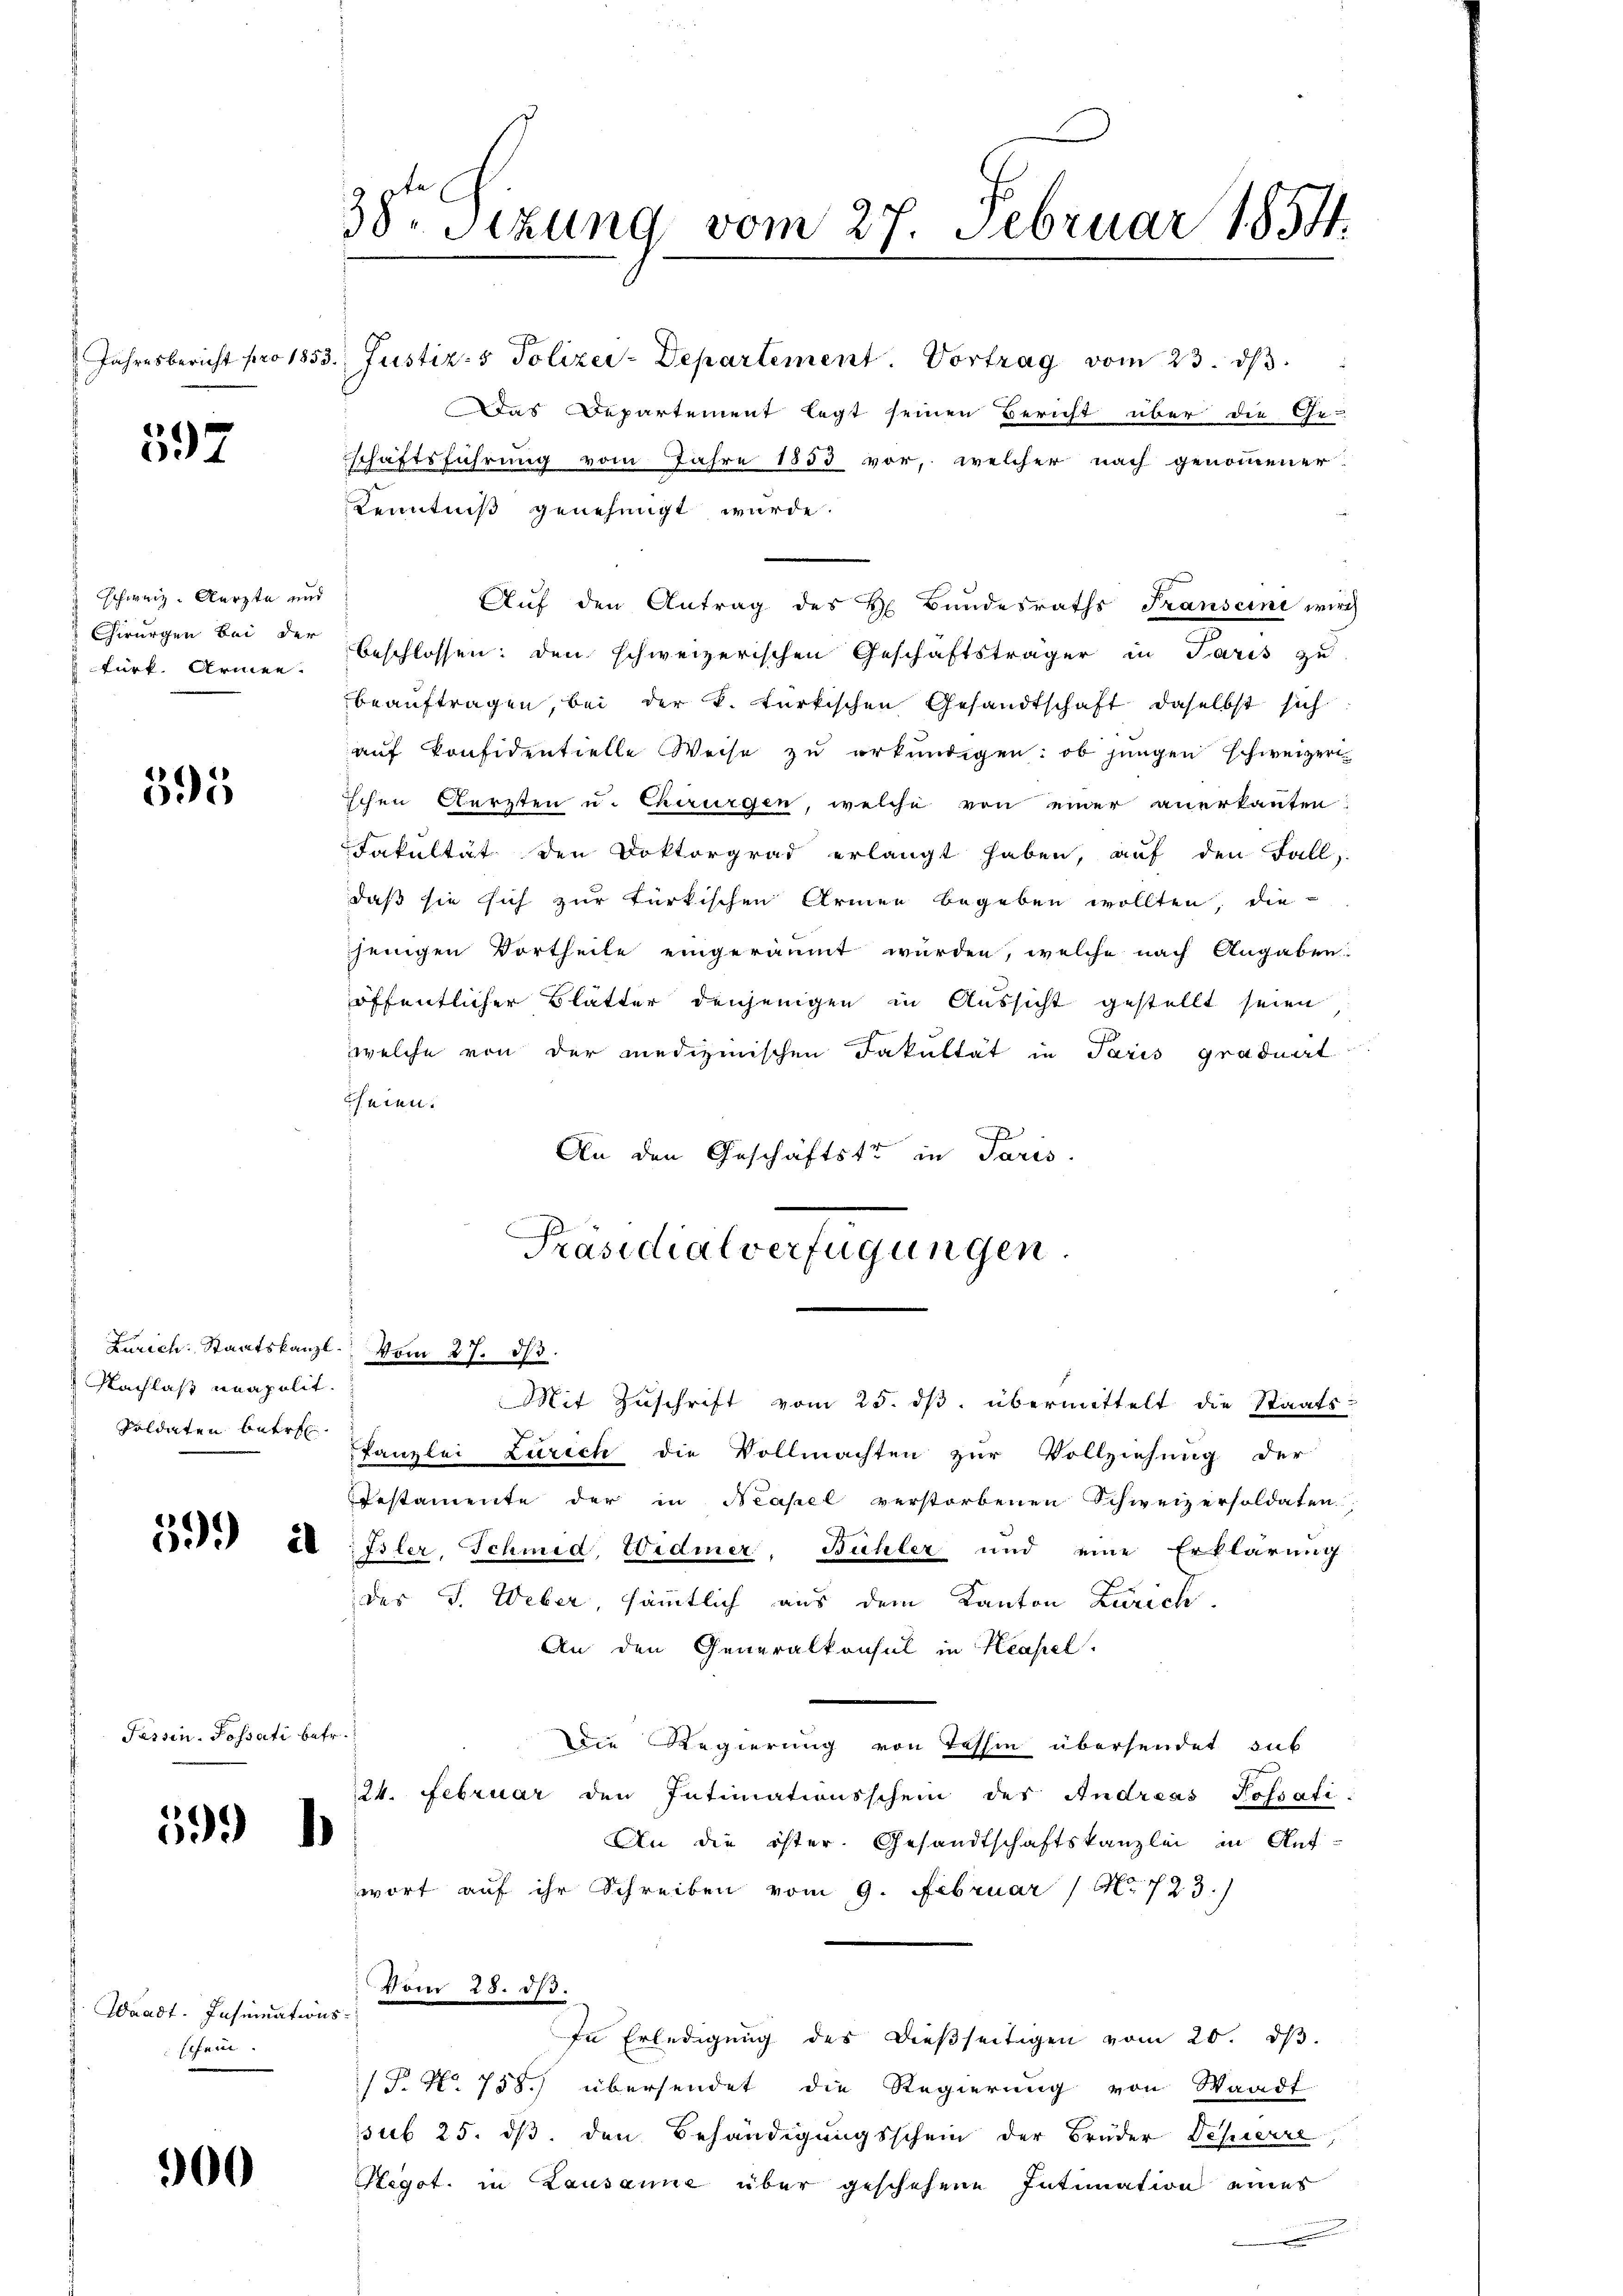
597

Schweiz. Aerzte und
Fürk. Armen.

595

Zürich. Staatskanzl
Nachlaß neapolit.
Soldaten betre

Passen- Passati betr.

599 h

Waadt. Insumations-
schein.

900

38te Sizung vom 27. Februar 1854.

Jahresbericht pro 1853. Justiz- & Polizei-Departement. Vortrag vom 23. dβ.
Das Departement legt seinen Bericht über die Ge-
schaftsführung vom Jahre 1853 vor, welcher nach genommener
Kenntniß genehmigt wurde.
Auf den Antrag des H. Bundesraths Transcini wirch
Chirurgen bei der beschlossen: den schweizerischen Geschäftsträger in Paris zu
beauftragen, bei der k. türkischen Gesandtschaft daselbst sich
auf Konfidentielle Weise zu erkundigen: ob jungen schweizeri
Ichen Aerzten u. Chirurgen, welche von einer anerkannten:
Fakultät den Doktorgrad erlangt haben, auf den Fall,
daß sie sich zur Türkischen Armen begeben wollten, die
jenigen Vortheile eingeräumt wurden, welche nach Angaben
öffentlicher Blätter denjenigen in Aussicht gestellt seien
welche von der medizinischen Fakultät in Paris graduirt
heien.
An den Geschäftste in Paris.
Präsidialverfügungen

vom 27. 573.
Mit Zuschrift vom 25. ds. übermittelt die Staats-

Kanzlei Zürich die Vollmachten zur Vollziehung der
Testamente der in Neapel verstorbenen Schweizersoldaten
25. 28 : Isler, Schmid, Widmer, Bühler und eine Erklärung
des J. Weber, sämmtlich aus dem Kanton Zürich
An den Generalkonsul in Neapel.
Die Regierung von Tessin übersendet sub
224. Februar den Intimationsschein der Andreas Possati
An die öster. Gesandtschaftskanzlei in Auf-
wort auf ihr Schreiben vom 9. Februar (M. 723.
Vom 28. ds.
In Erledigŭng des dieβseitigen vom 20. dβ.
/T. No 758.) übersendet die Regierung von Waadt
sub 25. dß den Behändigungsschein der Brüder Schierre
Hegot. in Lausanne über geschehene Intimation eines
.